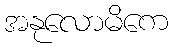
အနုလောမိကေ